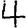
Digit: 4